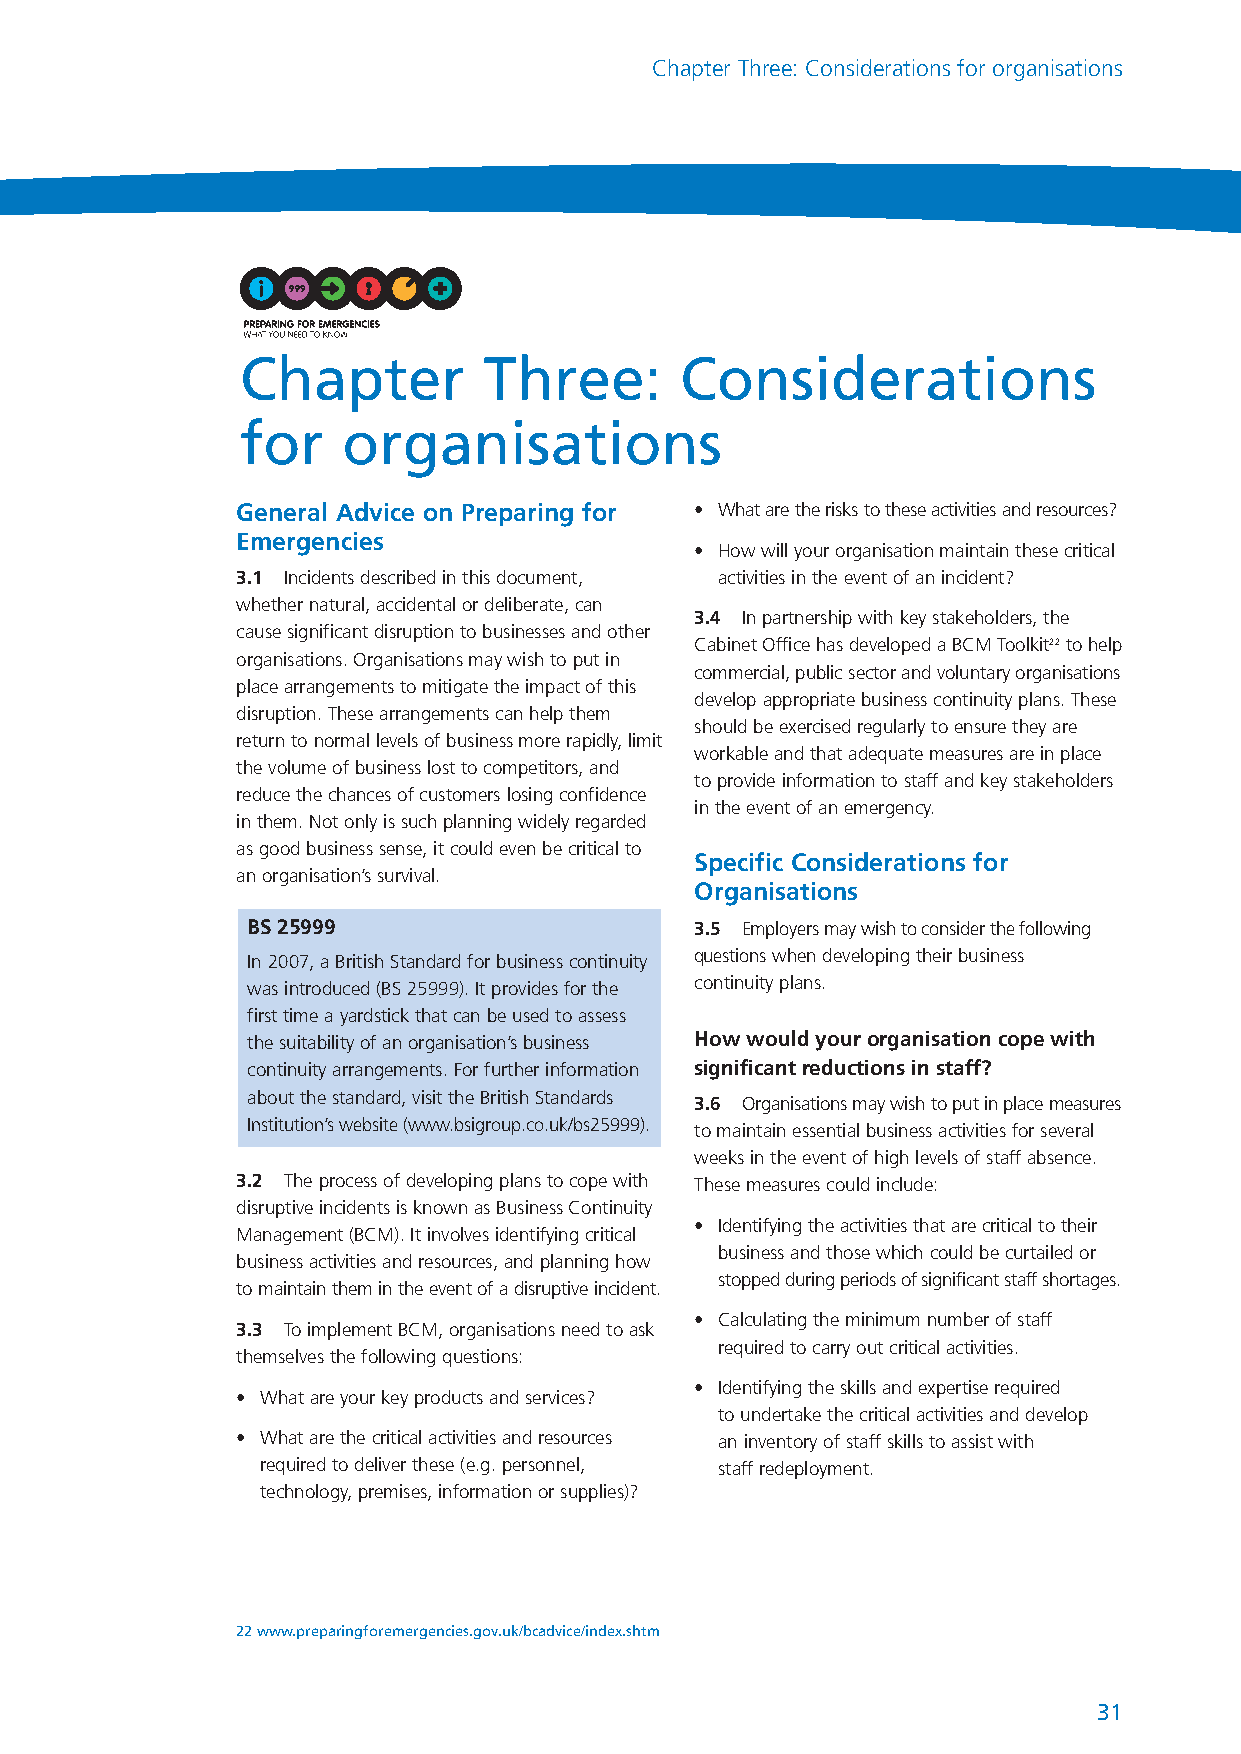
NationalRiskRegister_289116 17/7/08 2:22 pm Page 31
 Chapter Three: Considerations for organisations
 Chapter         Three:       Considerations
 for    organisations
 General Advice on Preparing for • What are the risks to these activities and resources?
 Emergencies
 • How will your organisation maintain these critical
 3.1 Incidents described in this document, activities in the event of an incident?
 whether natural, accidental or deliberate, can
 3.4 In partnership with key stakeholders, the
 cause significant disruption to businesses and other
 Cabinet Office has developed a BCM Toolkit22to help
 organisations. Organisations may wish to put in
 commercial, public sector and voluntary organisations
 place arrangements to mitigate the impact of this
 develop appropriate business continuity plans. These
 disruption. These arrangements can help them
 should be exercised regularly to ensure they are
 return to normal levels of business more rapidly, limit
 workable and that adequate measures are in place
 the volume of business lost to competitors, and
 to provide information to staff and key stakeholders
 reduce the chances of customers losing confidence
 in the event of an emergency.
 in them. Not only is such planning widely regarded
 as good business sense, it could even be critical to
 Specific Considerations for
 an organisation’s survival.
 Organisations
 BS 25999                     3.5 Employers may wish to consider the following
 In 2007, a British Standard for business continuity questionswhen developing their business
 was introduced (BS 25999). It provides for the continuity plans.
 first time a yardstick that can be used to assess
 the suitability of an organisation’s business How would your organisation cope with
 continuity arrangements. For further information significant reductions in staff?
 about the standard, visit the British Standards
 3.6 Organisations may wish to put in place measures
 Institution’s website (www.bsigroup.co.uk/bs25999).
 to maintain essential business activities for several
 weeks in the event of high levels of staff absence.
 3.2 The process of developing plans to cope with These measures could include:
 disruptive incidents is known as Business Continuity
 • Identifying the activities that are critical to their
 Management (BCM). It involves identifying critical
 business and those which could be curtailed or
 business activities and resources, and planning how
 stopped during periods of significant staff shortages.
 to maintain them in the event of a disruptive incident.
 • Calculating the minimum number of staff
 3.3 To implement BCM, organisations need to ask
 required to carry out critical activities.
 themselves the following questions:
 • Identifying the skills and expertise required
 • What are your key products and services?
 to undertake the critical activities and develop
 • What are the critical activities and resources an inventory of staff skills to assist with
 required to deliver these (e.g. personnel, staff redeployment.
 technology, premises, information or supplies)?
 22 www.preparingforemergencies.gov.uk/bcadvice/index.shtm
 31